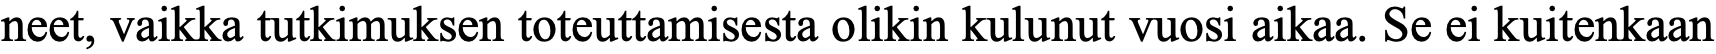
neet, vaikka tutkimuksen toteuttamisesta olikin kulunut vuosi aikaa. Se ei kuitenkaan